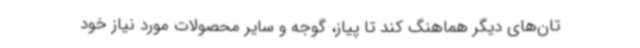
تان‌های دیگر هماهنگ کند تا پیاز، گوجه و سایر محصولات مورد نیاز خود